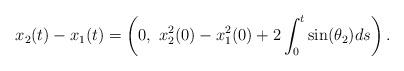
LaTeX: \begin{align*}x_2(t)-x_1(t)=\left(0,~x^2_2(0)-x^2_1(0)+2\int_0^t \sin (\theta_2) ds\right).\end{align*}